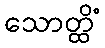
သောတ္ထိံ